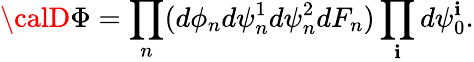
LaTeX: {\calD}\Phi=\prod_{n}(d\phi_{n}d\psi_{n}^{1}d\psi_{n}^{2}dF_{n})\prod_{\mathbf{i}}d\psi_{0}^{\mathbf{i}}.